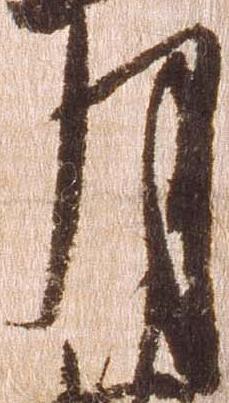
月